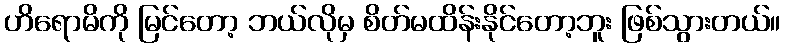
ဟိရောမိကို မြင်တော့ ဘယ်လိုမှ စိတ်မထိန်းနိုင်တော့ဘူး ဖြစ်သွားတယ်။